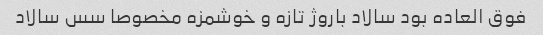
فوق العاده بود سالاد باروژ تازه و خوشمزه مخصوصا سس سالاد